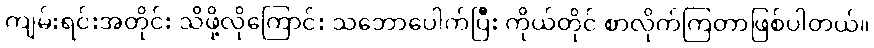
ကျမ်းရင်းအတိုင်း သိဖို့လိုကြောင်း သဘောပေါက်ပြီး ကိုယ်တိုင် စာလိုက်ကြတာဖြစ်ပါတယ်။